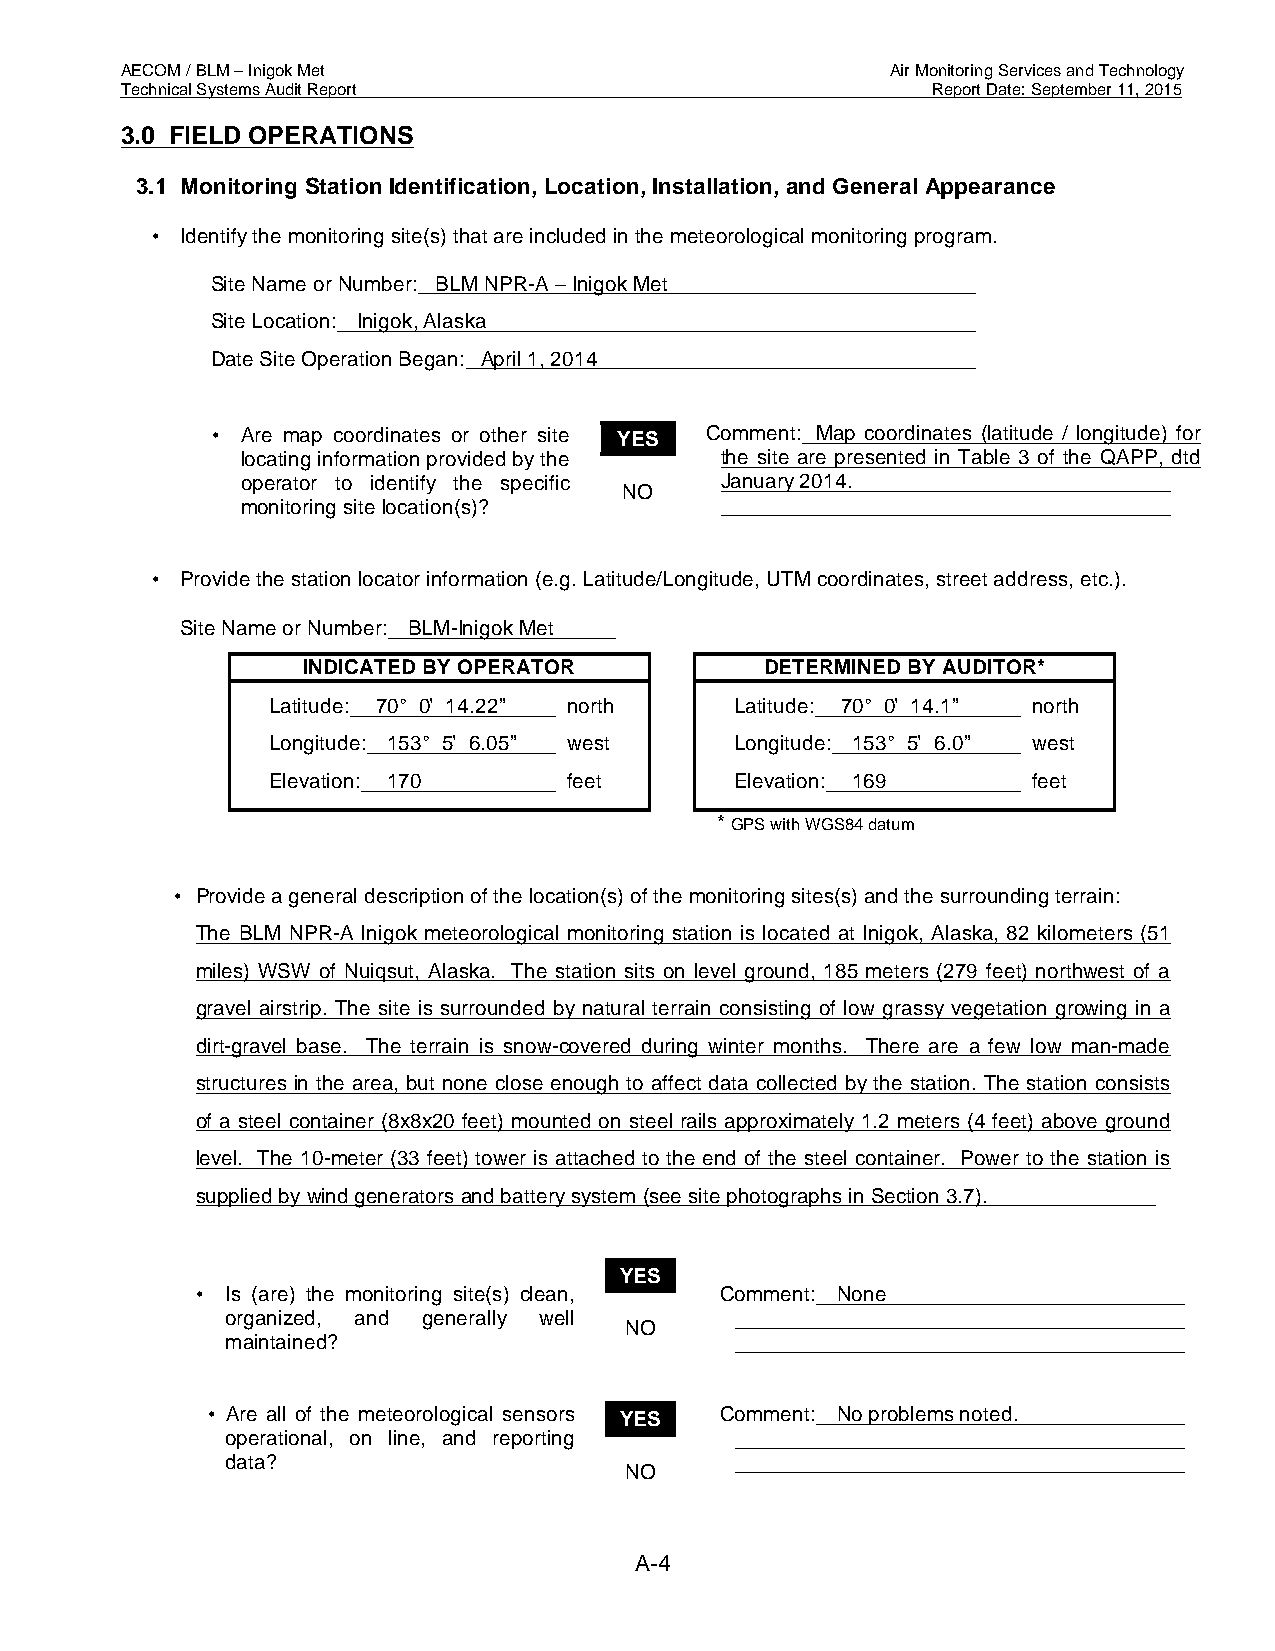
AECOM / BLM – Inigok Met                           Air Monitoring Services and Technology
 Technical Systems Audit Report                        Report Date: September 11, 2015
 3.0 FIELD OPERATIONS
 3.1 Monitoring Station Identification, Location, Installation, and General Appearance
 • Identify the monitoring site(s) that are included in the meteorological monitoring program.
 Site Name or Number: BLM NPR-A – Inigok Met
 Site Location: Inigok, Alaska
 Date Site Operation Began: April 1, 2014
 • Are map coordinates or other site YES Comment: Map coordinates (latitude / longitude) for
 locating information provided by the the site are presented in Table 3 of the QAPP, dtd
 operator to identify the specific January 2014.
 NO
 monitoring site location(s)?
 • Provide the station locator information (e.g. Latitude/Longitude, UTM coordinates, street address, etc.).
 Site Name or Number: BLM-Inigok Met
 INDICATED BY OPERATOR          DETERMINED BY AUDITOR*
 Latitude: 70° 0’ 14.22” north  Latitude: 70° 0’ 14.1” north
 Longitude: 153° 5’ 6.05” west  Longitude: 153° 5’ 6.0” west
 Elevation: 170      feet       Elevation: 169     feet
 * GPS with WGS84 datum
 • Provide a general description of the location(s) of the monitoring sites(s) and the surrounding terrain:
 The BLM NPR-A Inigok meteorological monitoring station is located at Inigok, Alaska, 82 kilometers (51
 miles) WSW of Nuiqsut, Alaska. The station sits on level ground, 185 meters (279 feet) northwest of a
 gravel airstrip. The site is surrounded by natural terrain consisting of low grassy vegetation growing in a
 dirt-gravel base. The terrain is snow-covered during winter months. There are a few low man-made
 structures in the area, but none close enough to affect data collected by the station. The station consists
 of a steel container (8x8x20 feet) mounted on steel rails approximately 1.2 meters (4 feet) above ground
 level. The 10-meter (33 feet) tower is attached to the end of the steel container. Power to the station is
 supplied by wind generators and battery system (see site photographs in Section 3.7).
 YES
 • Is (are) the monitoring site(s) clean, Comment: None
 organized, and generally well
 NO
 maintained?
 • Are all of the meteorological sensors YES Comment: No problems noted.
 operational, on line, and reporting
 data?
 NO
 A-4